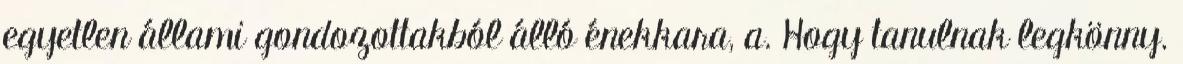
egyetlen állami gondozottakból álló énekkara, a. Hogy tanulnak legkönny.